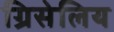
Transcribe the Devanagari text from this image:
ग्रिसेलिय